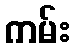
ကမ်း